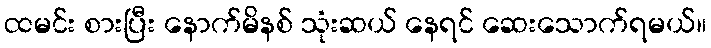
ထမင်း စားပြီး နောက်မိနစ် သုံးဆယ် နေရင် ဆေးသောက်ရမယ်။